Annual report on the working of the mental hospitals in the Madras Presidency - 1912-1932
Year: 1912
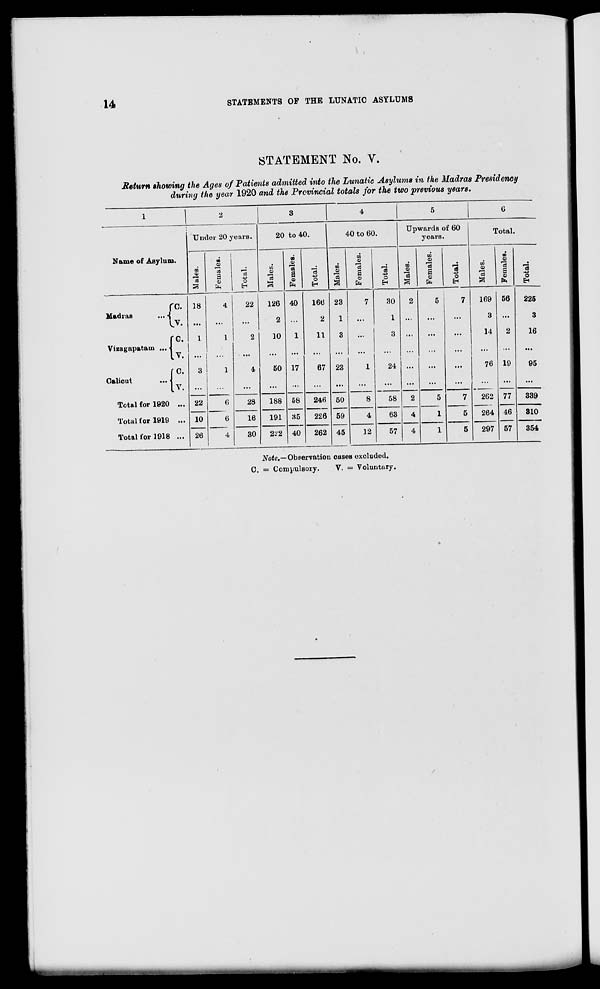
14
STATEMENTS OF THE LUNATIC ASYLUMS
STATEMENT No. V.
Return showing the Ages of Patients admitted into the Lunatic Asylums in the Madras Presidency
during the year 1920 and the Provincial totals for the two previous years.
1
Name of Asylum.
Madras
...
Vizagapatam ...
Calicut ...
C.
V.
C.
V.
C.
V.
Total for 1920 ...
Total for 1919 ...
Total for 1918 ...
2
Under 20 years.
Males.
18
...
1
...
3
...
22
10
26
Females.
4
...
1
...
1
...
6
6
4
Total.
22
...
2
...
4
...
28
16
30
3
20 to 40.
Males.
126
2
10
...
50
...
188
191
222
Females.
40
...
1
...
17
...
58
35
40
Total.
166
2
11
...
67
...
246
226
262
4
40 to 60.
Males.
23
1
3
...
23
...
50
59
45
Females.
7
...
...
...
1
...
8
4
12
Total.
30
1
3
...
24
...
58
63
57
5
Upwards of 60
years.
Males.
2
...
...
...
...
...
2
4
4
Females.
5
...
...
...
...
5
1
1
Total.
7
...
...
...
...
...
7
5
5
6
Total.
Males.
169
3
14
...
76
...
262
264
297
Females.
56
...
2
...
19
...
77
46
57
Total.
225
3
16
...
95
...
339
310
354
Note.—Observation cases excluded.
C. = Compulsory.
V. = Voluntary.